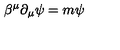
\beta ^ { \mu } \partial _ { \mu } \psi = m \psi